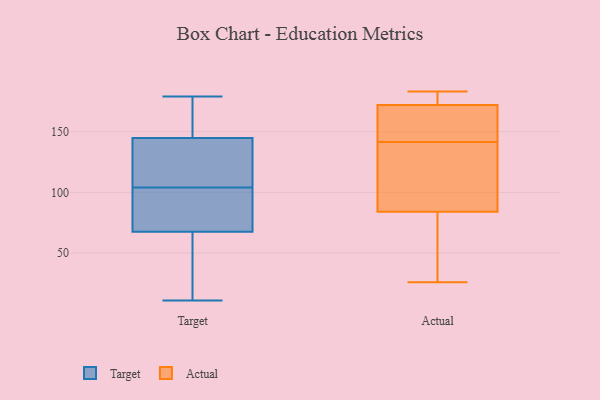
{"axis": {"x": "Net Income (USD K)", "y": "Value"}, "legend": ["Actual", "Target"], "data": [{"x": "", "y": 85, "type": "Target"}, {"x": "", "y": 67, "type": "Target"}, {"x": "", "y": 179, "type": "Target"}, {"x": "", "y": 77, "type": "Target"}, {"x": "", "y": 172, "type": "Target"}, {"x": "", "y": 69, "type": "Target"}, {"x": "", "y": 100, "type": "Target"}, {"x": "", "y": 104, "type": "Target"}, {"x": "", "y": 151, "type": "Target"}, {"x": "", "y": 62, "type": "Target"}, {"x": "", "y": 166, "type": "Target"}, {"x": "", "y": 127, "type": "Target"}, {"x": "", "y": 129, "type": "Target"}, {"x": "", "y": 11, "type": "Target"}, {"x": "", "y": 110, "type": "Target"}, {"x": "", "y": 39, "type": "Target"}, {"x": "", "y": 150, "type": "Target"}, {"x": "", "y": 66, "type": "Target"}, {"x": "", "y": 107, "type": "Target"}, {"x": "", "y": 26, "type": "Actual"}, {"x": "", "y": 170, "type": "Actual"}, {"x": "", "y": 56, "type": "Actual"}, {"x": "", "y": 174, "type": "Actual"}, {"x": "", "y": 133, "type": "Actual"}, {"x": "", "y": 112, "type": "Actual"}, {"x": "", "y": 132, "type": "Actual"}, {"x": "", "y": 47, "type": "Actual"}, {"x": "", "y": 165, "type": "Actual"}, {"x": "", "y": 150, "type": "Actual"}, {"x": "", "y": 178, "type": "Actual"}, {"x": "", "y": 183, "type": "Actual"}]}